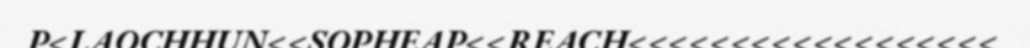
P<LAOCHHUN<<SOPHEAP<<REACH<<<<<<<<<<<<<<<<<<